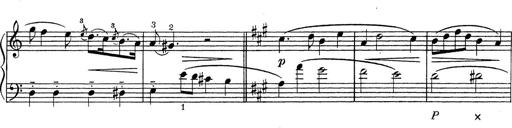
Title: ÄŒeskÃ© Sonatiny
Composer: Various